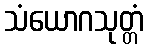
သံယောဂသုတ္တံ